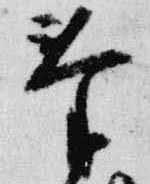
奉